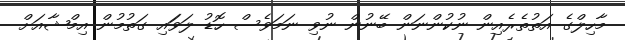
މާހިލްގެ އަތުތެރެއިން ނުކުންނަން ބޭނުން ނުވި ނަމަވެސް ހޮޑު ލަވަައި ގަތުމުން އިމްޝާއަށް